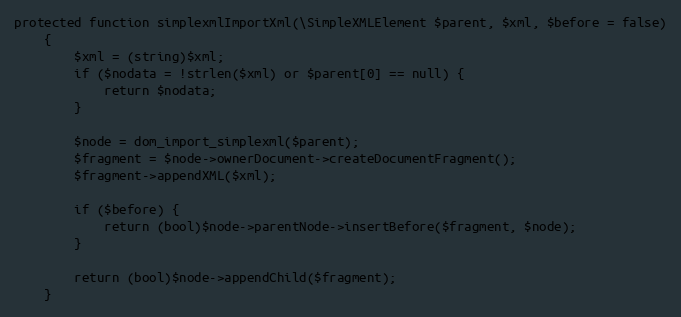
Language: PHP
protected function simplexmlImportXml(\SimpleXMLElement $parent, $xml, $before = false)
    {
        $xml = (string)$xml;
        if ($nodata = !strlen($xml) or $parent[0] == null) {
            return $nodata;
        }

        $node = dom_import_simplexml($parent);
        $fragment = $node->ownerDocument->createDocumentFragment();
        $fragment->appendXML($xml);

        if ($before) {
            return (bool)$node->parentNode->insertBefore($fragment, $node);
        }

        return (bool)$node->appendChild($fragment);
    }